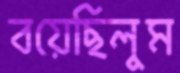
বয়েছিলুম